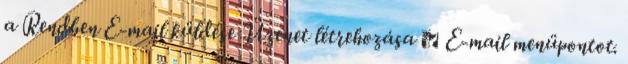
a Rendben E-mail küldése Üzenet létrehozása → E-mail menüpontot.